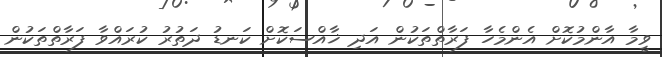
ވީމާ އާންމުކޮށް އެންމެހާ ފަރާތްތަކުން އަދި ޚާއްސަކޮށް ކަނޑު ދަތުރު ކުރައްވާ ފަރާތްތަކުން